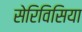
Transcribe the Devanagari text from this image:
सेरिविसिया